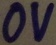
Text: 0V